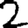
Digit: 2